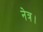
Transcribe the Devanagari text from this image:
नेत्र।